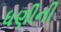
ધણીની